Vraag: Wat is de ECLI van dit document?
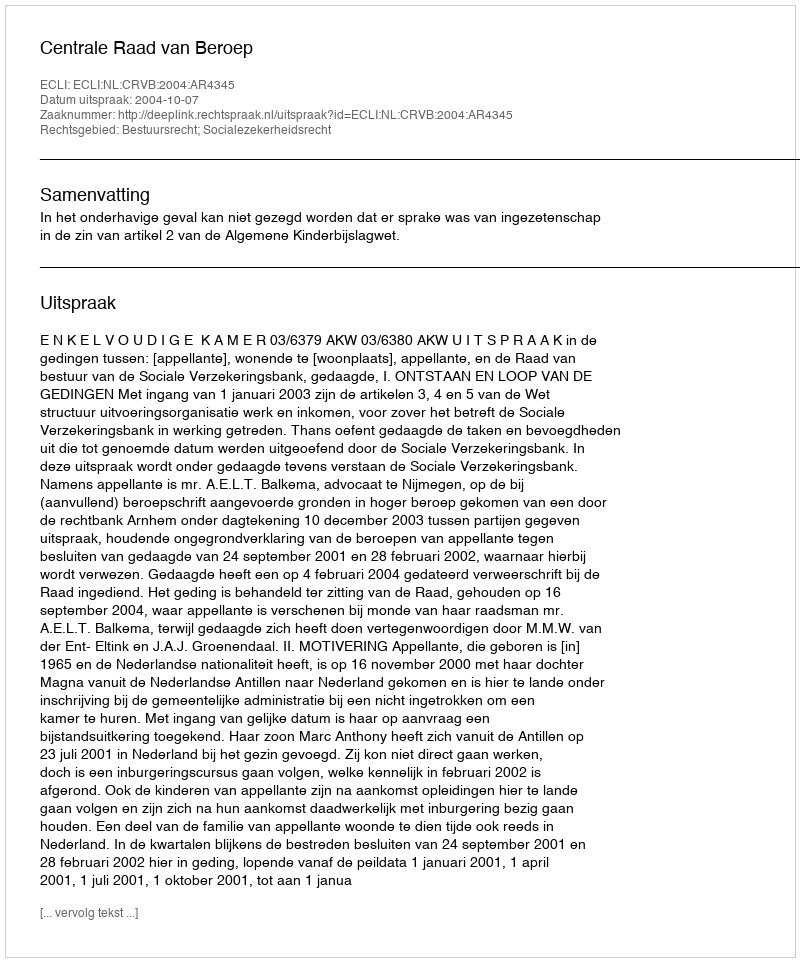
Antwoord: ECLI:NL:CRVB:2004:AR4345